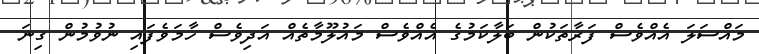
މައްސަލަ އެއްވެސް ފަރާތަކުން ބަލާކަމުގެ އެއްވެސް މައުލޫމާތެއް އަދިވެސް ހާމަވެފައި ނުވުމުން ގިނަ